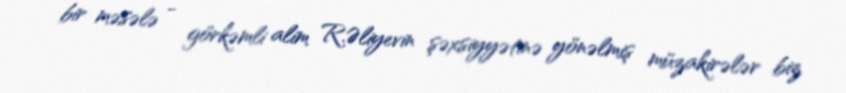
bir məsələ - görkəmli alim R.Əliyevin şəxsiyyətinə yönəlmiş müzakirələr biz